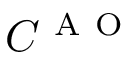
C ^ { \mathrm { ~ A ~ O ~ } }